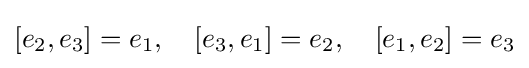
[e_{2},e_{3}]=e_{1},\quad [e_{3},e_{1}]=e_{2},\quad [e_{1},e_{2}]=e_{3}